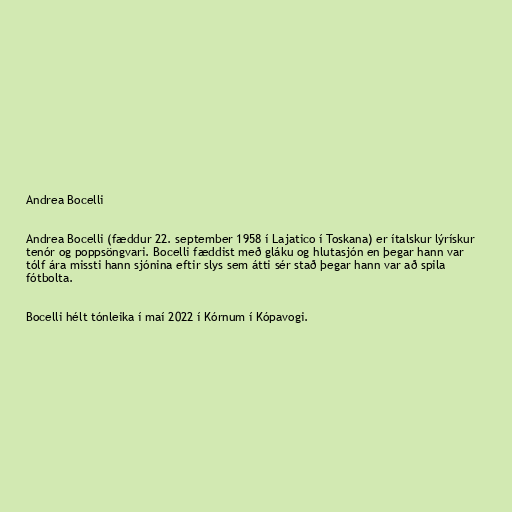
Andrea Bocelli

Andrea Bocelli (fæddur 22. september 1958 í Lajatico í Toskana) er ítalskur lýrískur
tenór og poppsöngvari. Bocelli fæddist með gláku og hlutasjón en þegar hann var
tólf ára missti hann sjónina eftir slys sem átti sér stað þegar hann var að spila
fótbolta.

Bocelli hélt tónleika í maí 2022 í Kórnum í Kópavogi.